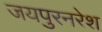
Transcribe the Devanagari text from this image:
जयपुरनरेश